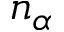
n _ { \alpha }